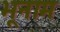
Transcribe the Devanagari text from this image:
भूनाम